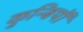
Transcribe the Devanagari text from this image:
कुन्बियों